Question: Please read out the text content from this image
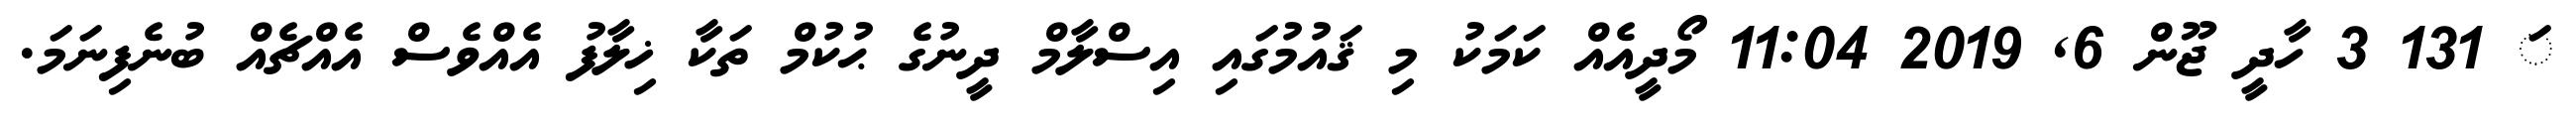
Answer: ަ 131 3 ހާދީ ޖޫން 6, 2019 11:04 މޯދީއެއް ކަމަކު މި ޤައުމުގައި އިސްލާމް ދީނުގެ ޙުކުމް ތަކާ ޚިލާފު އެއްވެސް އެއްޗެއް ބުނެފިނަމަ.